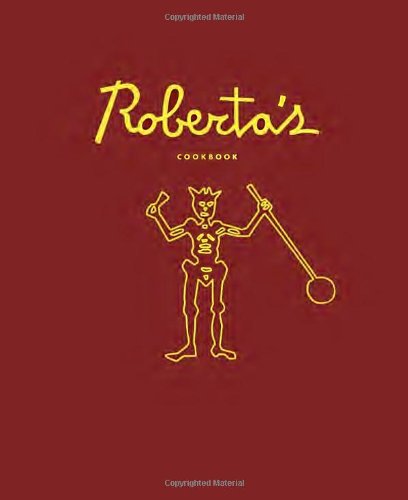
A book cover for Roberta's Cookbook; Carlo Mirarchi; Cookbooks, Food & Wine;